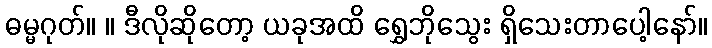
ဓမ္မဂုတ်။ ။ ဒီလိုဆိုတော့ ယခုအထိ ရွှေဘိုသွေး ရှိသေးတာပေါ့နော်။